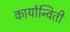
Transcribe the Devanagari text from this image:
कार्यान्विती